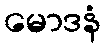
မောဒနံ